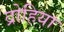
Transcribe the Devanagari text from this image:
द्रोहिया